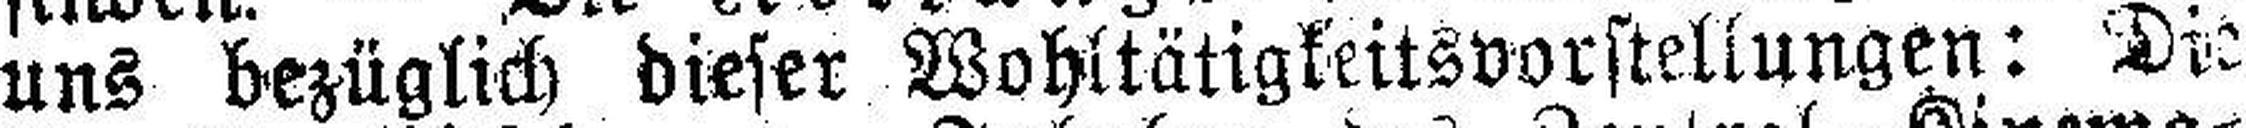
uns bezüglich dieser Wohltätigkeitsvorstellungen: Die